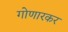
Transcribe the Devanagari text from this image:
गोणारकर